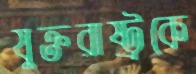
যুক্তরাষ্ট্রকে